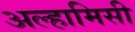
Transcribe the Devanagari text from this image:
अल्हामिसी